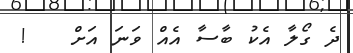
ދެ ގޯލާ އެކު ބާސާ އެއް ވަނަ އަށް   !